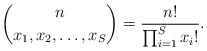
\begin{align*}\binom{n}{x_1,x_2,\ldots,x_S} = \frac{n!}{\prod_{i = 1}^S x_i!}.\end{align*}